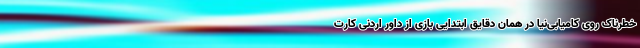
خطرناک روی کامیابی‌نیا در همان دقایق ابتدایی بازی از داور اردنی کارت